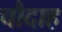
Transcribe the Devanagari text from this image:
चौदाह